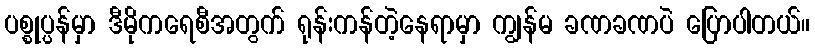
ပစ္စုပ္ပန်မှာ ဒီမိုကရေစီအတွက် ရုန်းကန်တဲ့နေရာမှာ ကျွန်မ ခဏခဏပဲ ပြောပါတယ်။